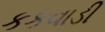
કકવાડી